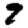
Digit: 9